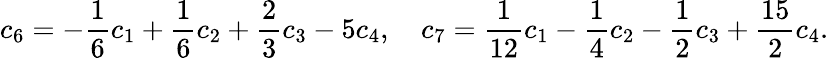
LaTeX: c_{6}=-\frac{1}{6}c_{1}+\frac{1}{6}c_{2}+\frac{2}{3}c_{3}-5c_{4},\quad c_{7}=\frac{1}{12}c_{1}-\frac{1}{4}c_{2}-\frac{1}{2}c_{3}+\frac{15}{2}c_{4}.